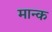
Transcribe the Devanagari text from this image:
मान्क